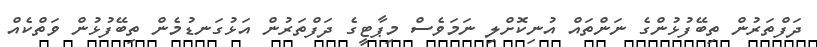
ދަފްތަރުން ތިބޭފުޅުންގެ ނަންތައް އުނިކޮށްލި ނަމަވެސް މިޕާޓީގެ ދަފްތަރުން އަޅުގަނޑުމެން ތިބޭފުޅުން ވަތްކެއް